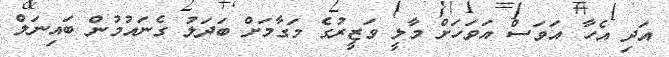
އަދި އެހާ އަވަސް އަވަހަށް މާލީ ވަޒީރުގެ މަގާމަށް ބަދަލު ގެނައުމުން ބައިނަލް